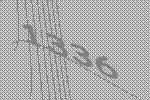
1336